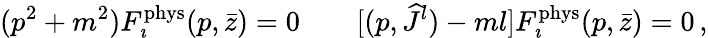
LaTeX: (p^{2}+m^{2})F_{\imath}^{\mathrm{phys}}(p,\bar{z})=0\qquad[(p,{\widehat J}{}^{l})-ml]F_{\imath}^{\mathrm{phys}}(p,\bar{z})=0\, ,